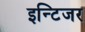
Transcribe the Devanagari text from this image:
इन्टिजर